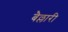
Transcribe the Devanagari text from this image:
बैल्लारी